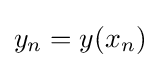
y_{n}=y(x_{n})